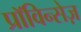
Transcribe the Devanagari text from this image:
प्राॅविन्सेज़